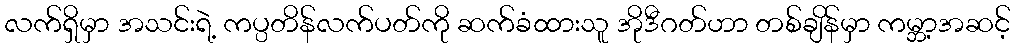
လက်ရှိမှာ အသင်းရဲ့ ကပ္ပတိန်လက်ပတ်ကို ဆက်ခံထားသူ အိုဒီဂတ်ဟာ တစ်ချိန်မှာ ကမ္ဘာ့အဆင့်